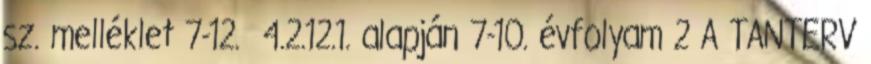
sz. melléklet 7-12. 4.2.12.1. alapján 7-10. évfolyam 2 A TANTERV